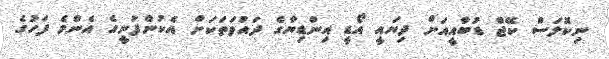
ނިކޮލަސް ކޭޖް ޑުބާއީއަށް ދިޔައީ އޯޑީ އިންޑިޔާގެ ދައުވަތަކަށް އެކުންފުނީގެ އެންމެ ފަހުގެ